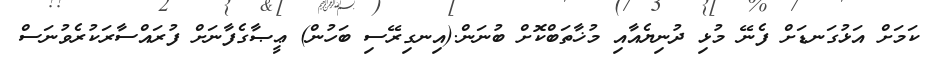
ކަމަށް އަޅުގަނޑަށް ފެނޭ މުޅި ދުނިޔެއާއި މުޚާތަބްކޮށް ބުނަން.(އިނގިރޭސި ބަހުން) ޢީޞާގެފާނަށް ފުރައްސާރަކުރެވުނަސް